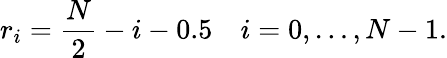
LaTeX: r_{i}=\frac{N}{2}-i-0.5\quad i=0,\dots,N-1.